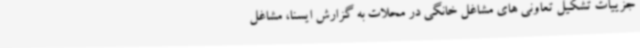
جزییات تشکیل تعاونی های مشاغل خانگی در محلات به گزارش ایسنا، مشاغل